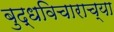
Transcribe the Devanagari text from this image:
बुद्धविचाराच्या